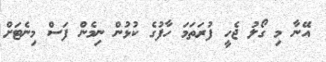
އޭނާ މި ގޯލު ޖެހީ ފުރަތަމަ ހާފުގެ ކުޅުން ނިމެން ފަސް މިނެޓަށް